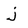
Character: j